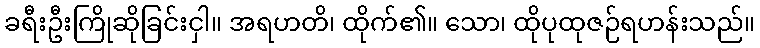
ခရီးဦးကြိုဆိုခြင်းငှါ။ အရဟတိ၊ ထိုက်၏။ သော၊ ထိုပုထုဇဉ်ရဟန်းသည်။